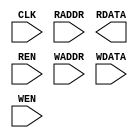
module AsymmetricBRAM_Xilinx(
	CLK,
	RADDR,
	RDATA,
	REN,
	WADDR,
	WDATA,
	WEN
);
parameter	PIPELINED   = 'd 0;
parameter	FORWARDING  = 'd 0;
parameter	WADDR_WIDTH = 'd 0;
parameter	WDATA_WIDTH = 'd 0;
parameter	RADDR_WIDTH = 'd 0;
parameter	RDATA_WIDTH = 'd 0;
parameter	MEMSIZE     = 'd 1;
parameter	REGISTERED  = (PIPELINED  == 0) ? "UNREGISTERED":"CLOCK0";
input   CLK;
input	[RADDR_WIDTH-1:0]   RADDR;
output	[RDATA_WIDTH-1:0]   RDATA;
input	REN;
input	[WADDR_WIDTH-1:0]   WADDR;
input	[WDATA_WIDTH-1:0]   WDATA;
input   WEN;

`define max(a,b) {(a) > (b) ? (a) : (b)}
`define min(a,b) {(a) < (b) ? (a) : (b)}

function integer log2;
input integer value;
reg [31:0] shifted;
integer res;
begin
	if (value < 2)
		log2 = value;
	else
	begin
		shifted = value-1;
		for (res=0; shifted>0; res=res+1)
			shifted = shifted>>1;
		log2 = res;
	end
end
endfunction

localparam maxWIDTH = `max(WDATA_WIDTH, RDATA_WIDTH);
localparam minWIDTH = `min(WDATA_WIDTH, RDATA_WIDTH);

localparam RATIO = maxWIDTH / minWIDTH;
localparam log2RATIO = log2(RATIO);

reg [minWIDTH-1:0] RAM [0:MEMSIZE-1];
reg [RDATA_WIDTH-1:0] readB;

always @(posedge CLK)
begin
	if (WEN) begin
		RAM[WADDR] <= WDATA;
	end
end


always @(posedge CLK)
begin : ramread
	integer i;
	reg [log2RATIO-1:0] lsbaddr;
	if (REN) begin
		for (i = 0; i < RATIO; i = i+1) begin 
			lsbaddr = i;
			readB[(i+1)*minWIDTH-1 -: minWIDTH] <= RAM[{RADDR, lsbaddr}];
		end
	end
end
assign	RDATA = readB;

endmodule